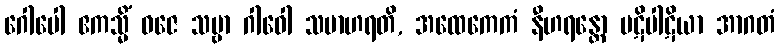
ဂေါပေါ ဧကသ္မိံ ဝဇေ သဗ္ဗာ ဂါဝေါ သမာဟရတိ, အထေကေကံ နီဟရန္တော ပဋိပါဋိယာ အာဂတံ